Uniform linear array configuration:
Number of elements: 64
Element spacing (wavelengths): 1
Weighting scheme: uniform
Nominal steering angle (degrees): -60
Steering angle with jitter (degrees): -61.618
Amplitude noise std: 0.05
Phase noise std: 0.05

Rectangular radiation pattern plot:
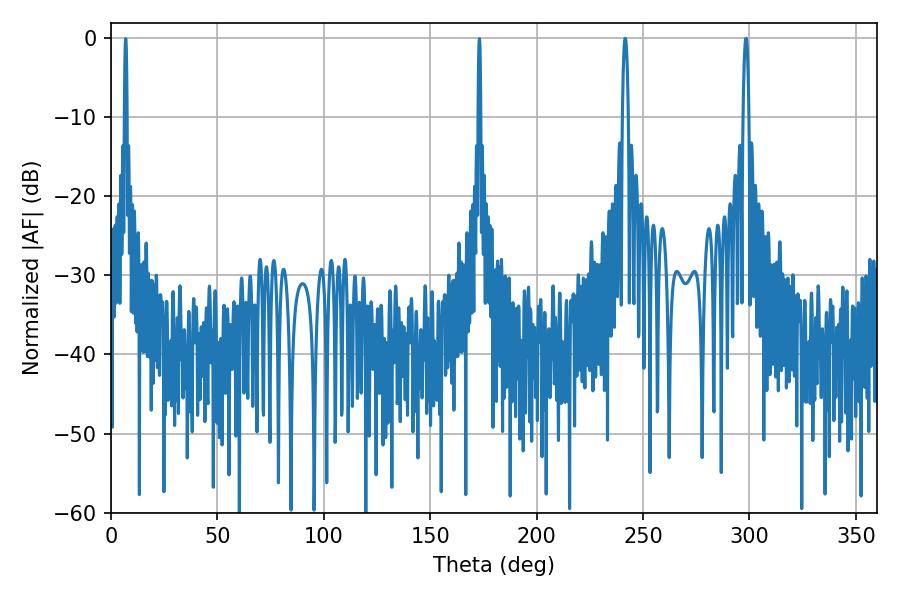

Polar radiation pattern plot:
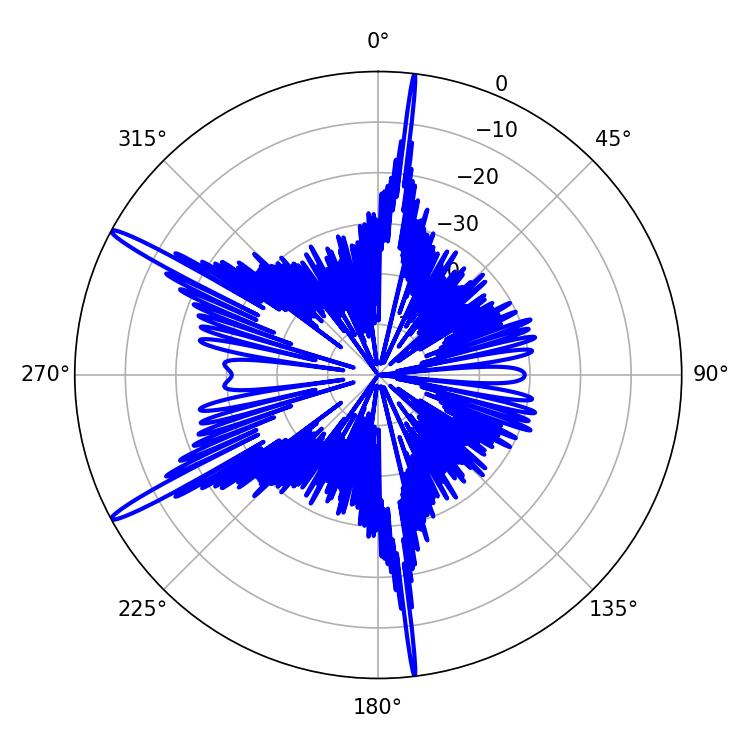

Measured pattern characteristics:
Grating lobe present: TRUE
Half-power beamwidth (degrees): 1.62
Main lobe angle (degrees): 241.56